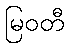
မြဝတီ